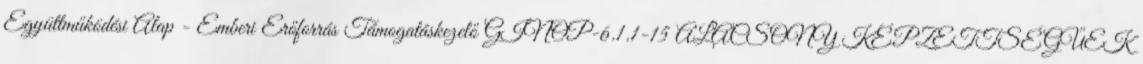
Együttműködési Alap - Emberi Erőforrás Támogatáskezelő GINOP-6.1.1-15 ALACSONY KÉPZETTSÉGŰEK